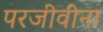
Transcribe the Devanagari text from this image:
परजीवींना